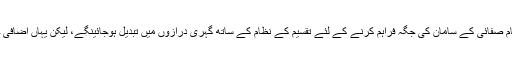
باہر سے، یہ نچلی الماریاں بالکل عام لگتی ہیں لیکن ایک بار آپ انہیں کھولیں گے، یہتمام صفائی کے سامان کی جگہ فراہم کرنے کے لئے تقسیم کے نظام کے ساتھ گہری درازوں میں تبدیل ہوجائینگے، لیکن یہاں اضافی خصوصی عناصر کو دیکھیں؛ اضافی بیسن کے اسپنج اور کچرے کے تھیلوں کی ٹرے!